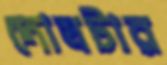
দোষটার